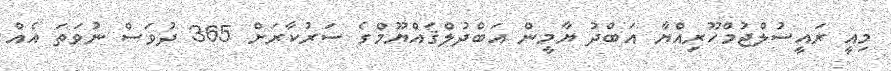
މިއީ ރައީސުލްޖުމްހޫރިއްޔާ އަބްދު ޔާމީން އަބްދުލްޤައްޔޫމްގެ ސަރުކާރަށް 365 ދުވަސް ނުވަތަ އެއް